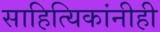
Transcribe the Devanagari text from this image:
साहित्यिकांनीही